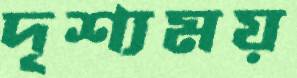
দৃশ্যময়